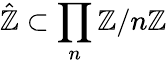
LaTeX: {\hat{\mathbb{Z}}}\subset\prod_{n}\mathbb{Z}/n\mathbb{Z}